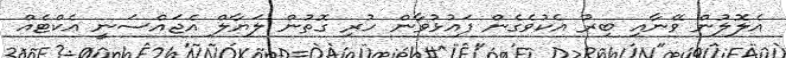
އެލޮލުން ވޭނާއި ބިރު އެކުވެގެން ފައުޅުވާން ހުރި ގޮތުން ލަޔާލް އެޖައްސަނީ އެކްޓެއް